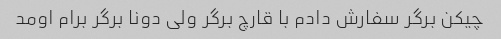
چیکن‌ برگر سفارش دادم با قارچ برگر ولی دونا برگر برام اومد